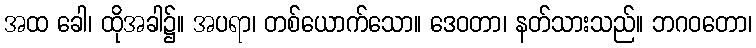
အထ ခေါ၊ ထိုအခါ၌။ အပရာ၊ တစ်ယောက်သော။ ဒေဝတာ၊ နတ်သားသည်။ ဘဂဝတော၊